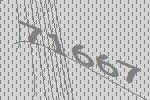
71667